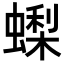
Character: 蟍